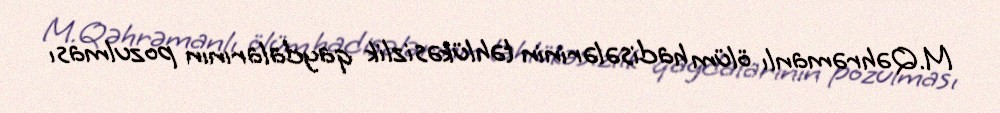
M.Qəhrəmanlı ölüm hadisələrinin təhlükəsizlik qaydalarının pozulması